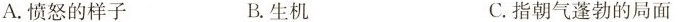
A.愤怒的样子 B.生机 C.指朝气蓬勃的局面